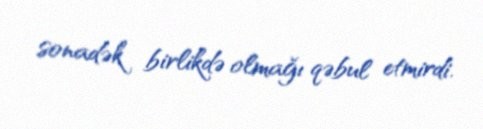
sonadək birlikdə olmağı qəbul etmirdi.